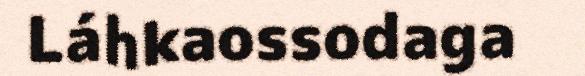
Láhkaossodaga